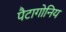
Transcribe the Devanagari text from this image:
पैटागोनिय